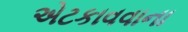
એટકાવવાના